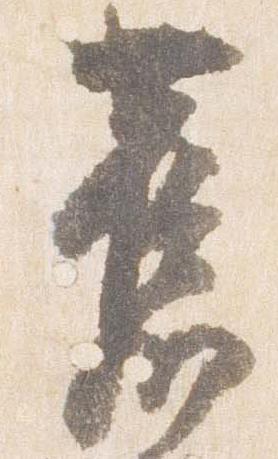
旧